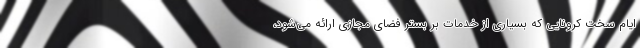
ایام سخت کرونایی که بسیاری از خدمات بر بستر فضای مجازی ارائه می‌شود،